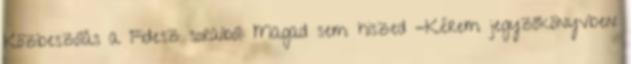
Közbeszólás a Fidesz soraiból: Magad sem hiszed -Kérem jegyzőkönyvben